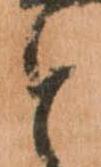
と